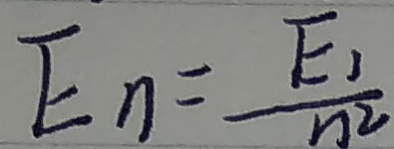
E _ { n } = \frac { E _ { 1 } } { n ^ { 2 } }